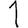
Digit: 1